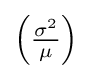
{\textstyle \left({\frac {\sigma ^{2}}{\mu }}\right)}